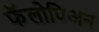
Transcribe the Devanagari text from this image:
फॅलोपिअन